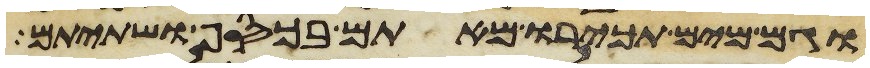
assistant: וגם מים תכירו מאתם בכסף ושתיתם